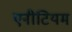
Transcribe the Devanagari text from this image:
एनीटियम